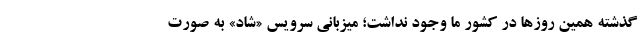
گذشته همین روزها در کشور ما وجود نداشت؛ میزبانی سرویس «شاد» به صورت